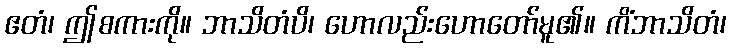
ဧတံ၊ ဤစကားကို။ ဘာသိတံပိ၊ ဟောလည်းဟောတော်မူ၏။ ကိံဘာသိတံ၊